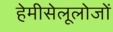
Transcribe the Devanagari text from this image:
हेमीसेलूलोजों